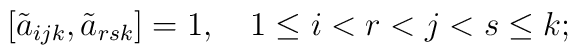
[\tilde{a}_{ijk},\tilde{a}_{rsk}] = 1, \quad 1 \le i<r<j<s \le k;